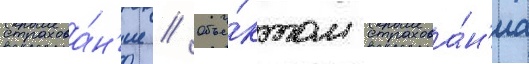
страхова́н'ие // Объе́ктом страхова́н'иа